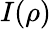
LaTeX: I(\rho)